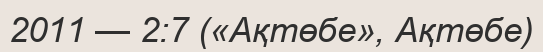
2011 — 2:7 («Ақтөбе», Ақтөбе)